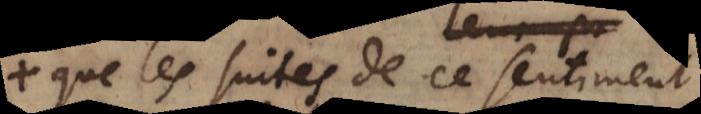
que les suites de ce sentiment